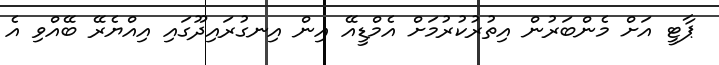
ޕާޓީ އަށް މެންބަރުން އިތުރުކުރުމަށް އެމްޑީއޭ އިން އިނގުރައިދޫގައި އިއްޔެރޭ ބޭއްވި އެ